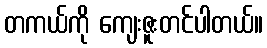
တကယ်ကို ကျေးဇူးတင်ပါတယ်။